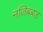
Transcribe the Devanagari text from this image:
नजिबबड